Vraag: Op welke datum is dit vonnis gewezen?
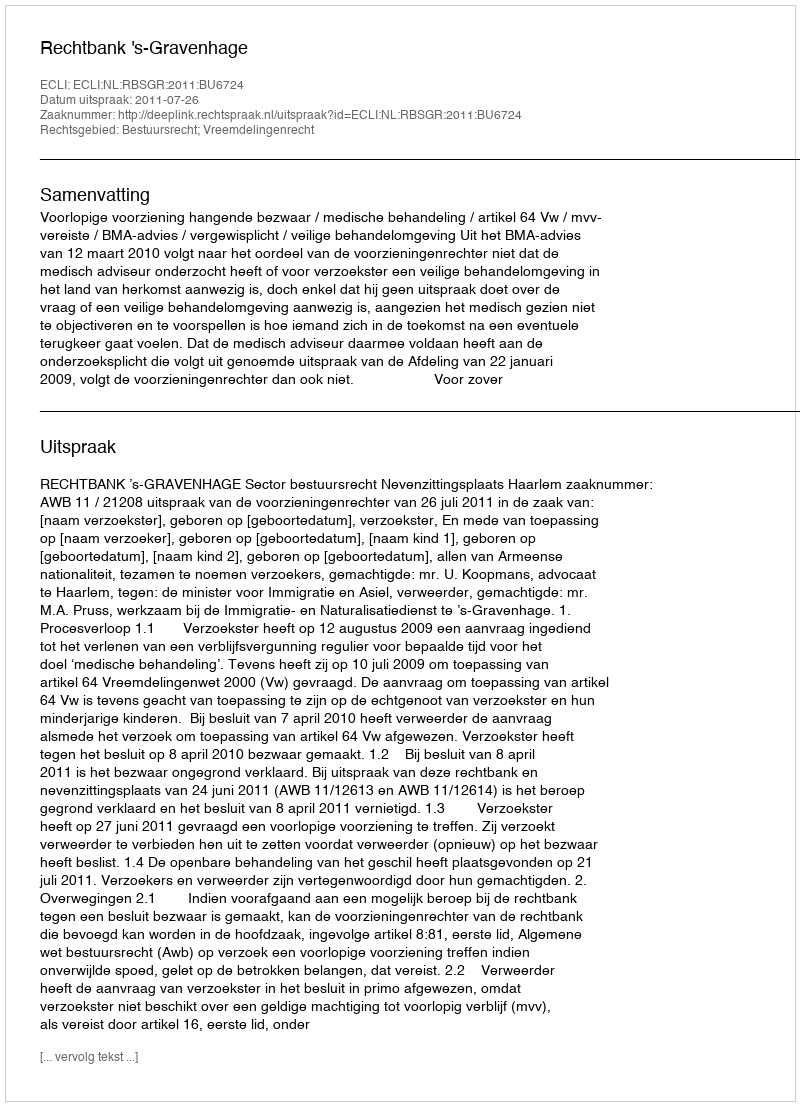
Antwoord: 2011-07-26